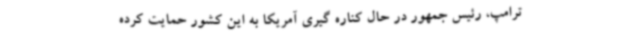
ترامپ، رئیس جمهور در حال کناره گیری آمریکا به این کشور حمایت کرده